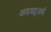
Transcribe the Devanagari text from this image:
आइडब्लूआई